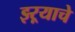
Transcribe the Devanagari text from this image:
झ्ऱ्याचे